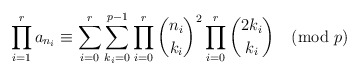
\begin{align*}\prod_{i=1}^ra_{n_i} & \equiv \sum_{i=0}^r\sum_{k_i=0}^{p-1} \prod_{i=0}^r\binom{n_i}{k_i}^2\prod_{i=0}^r\binom{2k_i}{k_i }\pmod{p}\\\end{align*}